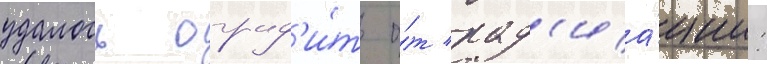
удалось оград'и́ть о́т рад'иа́ции: